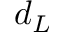
d _ { L }